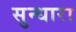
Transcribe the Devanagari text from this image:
सुन्धारा